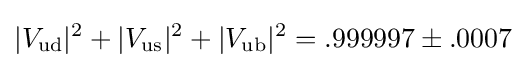
|V_{\mathrm {ud} }|^{2}+|V_{\mathrm {us} }|^{2}+|V_{\mathrm {ub} }|^{2}=.999997\pm .0007